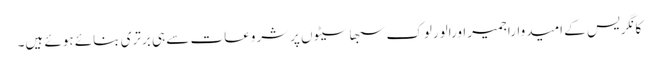
کانگریس کے امیدواراجمیراورالورلوک سبھاسیٹوں پرشروعات سے ہی برتری بنائے ہوئے ہیں۔